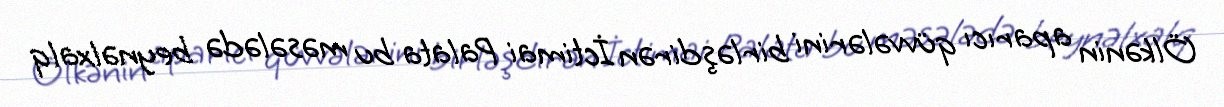
Ölkənin aparıcı qüvvələrini birləşdirən İctimai Palata bu məsələdə beynəlxalq